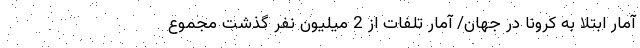
آمار ابتلا به کرونا در جهان/ آمار تلفات از 2 میلیون نفر گذشت مجموع